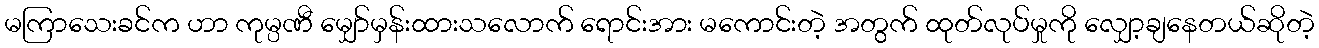
မကြာသေးခင်က ဟာ ကုမ္ပဏီ မျှော်မှန်းထားသလောက် ရောင်းအား မကောင်းတဲ့ အတွက် ထုတ်လုပ်မှုကို လျှော့ချနေတယ်ဆိုတဲ့